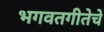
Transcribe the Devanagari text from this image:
भगवतगीतेचे